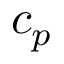
c _ { p }